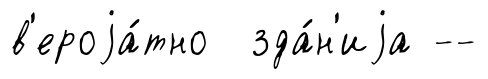
в'ероjа́тно зда́н'иjа --